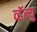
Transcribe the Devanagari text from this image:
व्हॅल्यु